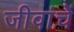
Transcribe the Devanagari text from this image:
जीवांचें